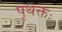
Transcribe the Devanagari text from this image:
पृथक्तः